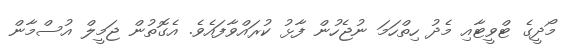
މޯދީގެ ޓްވީޓާއި މެދު ހިތްހަމަ ނުޖެހުން ފާޅު ކުރައްވާފައެެވެ. އެގޮތުން ޖަމީލް އުސްމާން